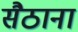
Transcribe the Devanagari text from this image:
सैठाना